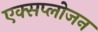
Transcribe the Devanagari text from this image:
एक्सप्लोजन